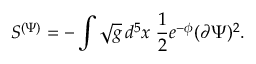
S ^ { ( \Psi ) } = - \int \sqrt { g } \, d ^ { 5 } x \; \frac { 1 } { 2 } e ^ { - \phi } ( \partial \Psi ) ^ { 2 } .